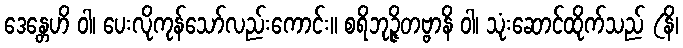
ဒေန္တေဟိ ဝါ၊ ပေးလိုကုန်သော်လည်းကောင်း။ စရိဘုဉ္ဇိတဗ္ဗာနိ ဝါ၊ သုံးဆောင်ထိုက်သည် (နိ၊